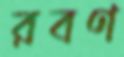
রবণ